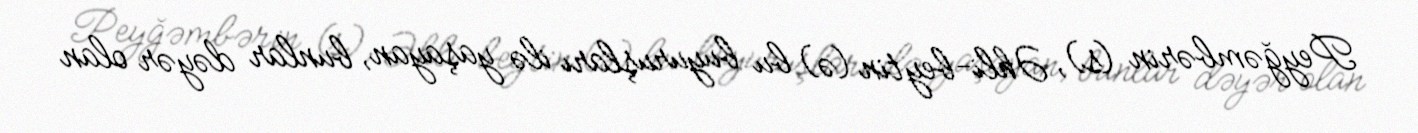
Peyğəmbərin (s), Əhli-beytin (ə) bu buyuruşları ilə yaşayan, bunlar dəyər olan